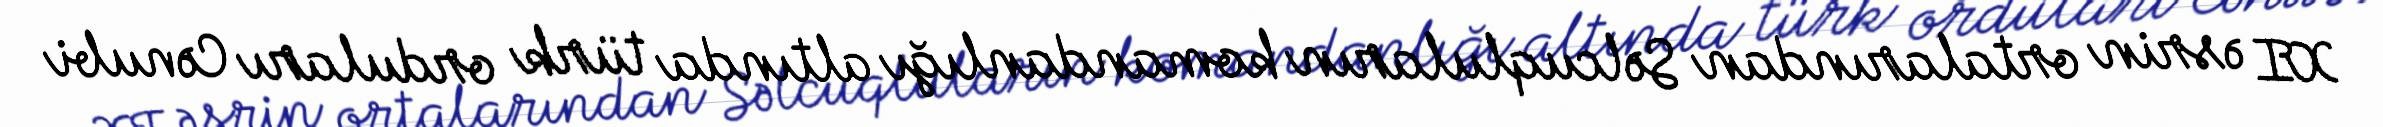
XI əsrin ortalarından Səlcuqluların komandanlığı altında türk orduları Cənubi